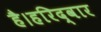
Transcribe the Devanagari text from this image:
है।हरिद्वार